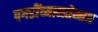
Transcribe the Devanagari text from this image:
पगडींच्यामतेमात्र